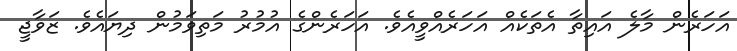
އަހަރެން މާލެ އައިތާ އެތަކެއް އަހަރެއްވީއެވެ. އަހަރެންގެ އުމުރު މަތިވަމުން ދިޔައެވެ. ޒަވާޖީ